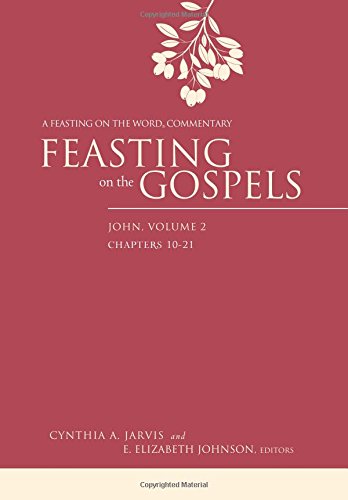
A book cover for Feasting on the Gospels--John, Volume 2: A Feasting on the Word Commentary; Cynthia A. Jarvis; Christian Books & Bibles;